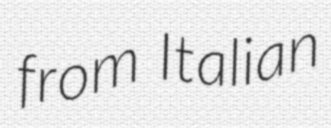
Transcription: from Italian